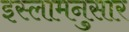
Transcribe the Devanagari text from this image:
इस्लामनुसार